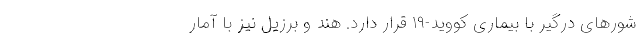
شور‌های درگیر با بیماری کووید-۱۹ قرار دارد. هند و برزیل نیز با آمار